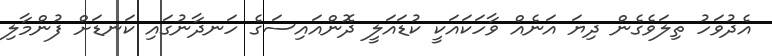
އެދުވަހު ތިލަވެގެން ދިޔަ އަނެއް ވާހަކައަކީ ކުޑައަލީ ދޮންއައިސަގެ ހަނދާނުގައި ކަނޑަށް ފުންމާލި